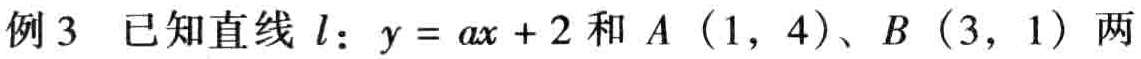
例3 已知直线 \(l:y = ax + 2\) 和 \(A(1,4)\)、\(B(3,1)\) 两